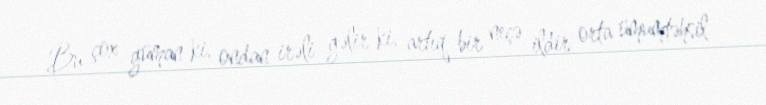
Bu çox güman ki, ondan irəli gəlir ki, artıq bir neçə ildir orta ümumtəhsil